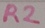
Text: R2